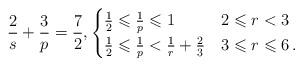
LaTeX: \begin{align*}\frac{2}{s}+\frac{3}{p}=\frac{7}{2},\begin{cases}\frac{1}{2}\leqslant\frac{1}{p}\leqslant 1&2\leqslant r<3\\\frac{1}{2}\leqslant\frac{1}{p}<\frac{1}{r}+\frac{2}{3}&3\leqslant r\leqslant 6\,.\end{cases}\end{align*}